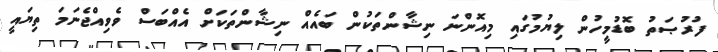
ފުރުޞަތު ބޮޑުމީހުން ލިޔުމުގައި މިއޮންނަ ނިޝާންތަކުން ބައެއް ނިޝާންތަކަށް އެއްބަސް ވެވިއްޖެނަމަ ތިޔައީ